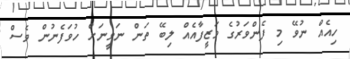
ހިއެއް ނުވޭ މި ފެންވަރުގެ ވަޒީފާއެއް ލިބޭ ތަން ނަވީނަށް ހުވަފެނުން ވެސް